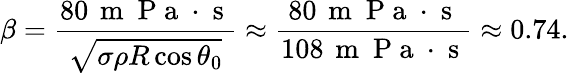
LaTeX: \beta=\frac{80\, \mathrm{~m~}\mathrm{~P~a~}\cdot\mathrm{~s~}}{\sqrt{\sigma\rho R\cos\theta_{0}}}\approx\frac{80\, \mathrm{~m~}\mathrm{~P~a~}\cdot\mathrm{~s~}}{108\, \mathrm{~m~}\mathrm{~P~a~}\cdot\mathrm{~s~}}\approx 0.74.